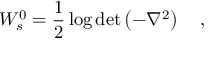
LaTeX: W _ { s } ^ { 0 } = \frac 1 2 \log \operatorname * { d e t } \left( - \nabla ^ { 2 } \right) ~ ~ ~ ,